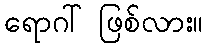
ရောဂါ် ဖြစ်လား။